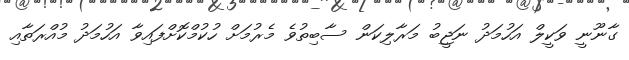
ގާނޫނީ ވަކީލް އަހުމަދު ނަޖީބު މަރާލިކަން ސާބިތުވެ މެރުމަށް ހުކުމްކޮށްފައިވާ އަހުމަދު މުއްރަތާއި